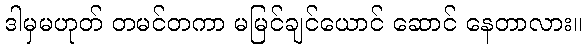
ဒါမှမဟုတ် တမင်တကာ မမြင်ချင်ယောင် ဆောင် နေတာလား။